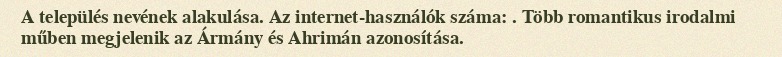
A település nevének alakulása. Az internet-használók száma: . Több romantikus irodalmi műben megjelenik az Ármány és Ahrimán azonosítása.